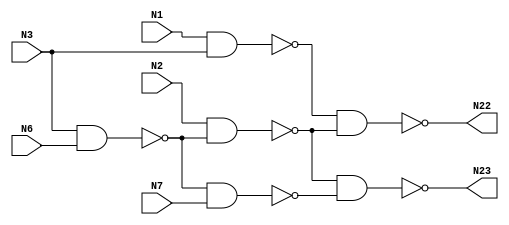
module c17 (N1,N2,N3,N6,N7,N22,N23);

input N1,N2,N3,N6,N7;

output N22,N23;

wire N10,N11,N16,N19;

nand NAND2_1(N10,N1,N3);
nand NAND2_2(N11,N3,N6);
nand NAND2_3(N16,N2,N11);
nand NAND2_4(N19,N11,N7);
nand NAND2_5(N22,N10,N16);
nand NAND2_6(N23,N16,N19);

endmodule